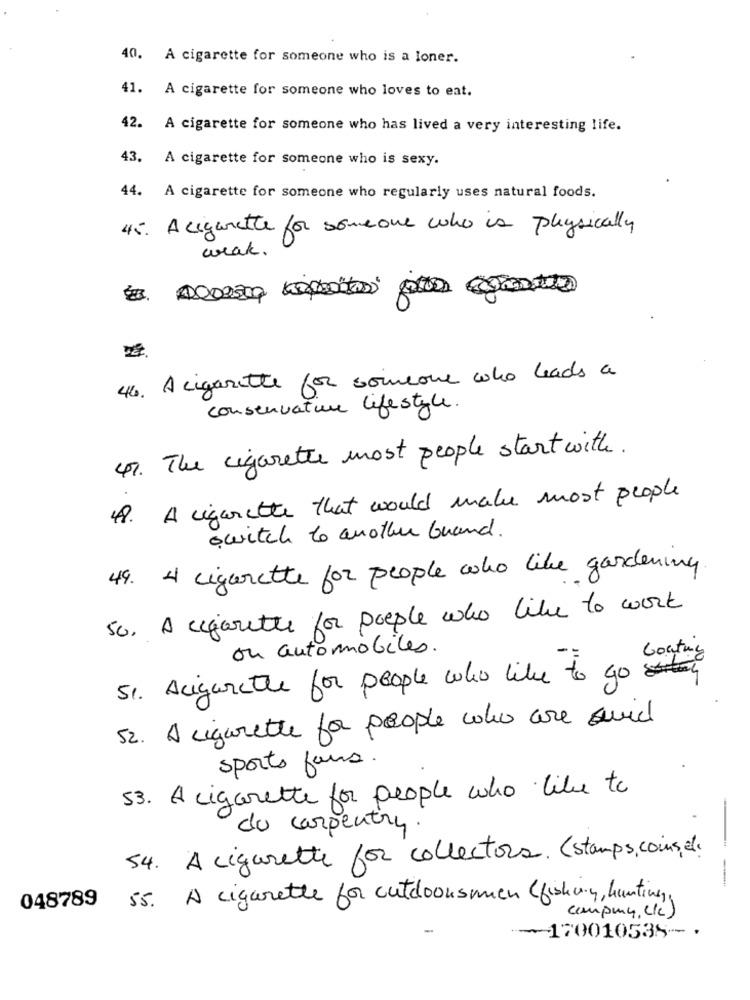
40.
A cigarette for someone who is a loner.
41.
A cigarette for someone who loves to eat.
42.
A cigarette for someone who has lived a very interesting life.
43. A cigarette for someone who is sexy.
44. A cigarette for someone who regularly uses natural foods.
45. A cigarette for someone who is physically
weak.
46. A cigarette for soinsone who heads a
conservation lifestyle.
47. The cigarette most people start with.
48. A cigarette that would make most people
switch to another brand.
49. 4 cigarette for people who like gardening
50. A cigarette for people who like to work
ou automobiles.
Goatmy
51. Acigarette for people who like to go
52. A cigarette for people who are suid
sports fans.
53. A cigarette for people who like to
du carpentry.
54. A cigarette for collectors. (stamps, coins, el.
--
---
048789
55. A cigarette for outdoorsmen (fishing, hunting,
company, Llc)
-170010535- .